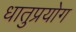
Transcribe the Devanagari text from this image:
धातुप्रयोग